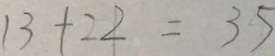
1 3 + 2 2 = 3 5